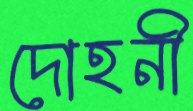
দোহনী